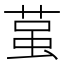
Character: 𮏲